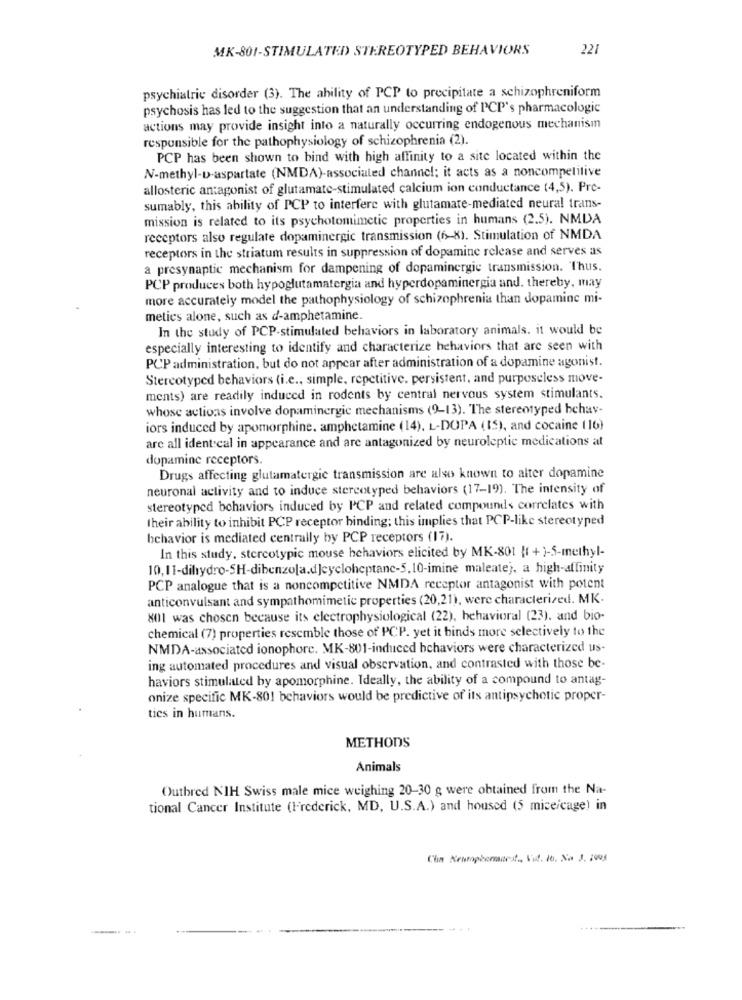
MK-801-STIMULATED STEREOTYPED BEHAVIORS
221
psychiatric disorder (3). The ability of PCP to precipitate a schizophreniform
psychosis has led to the suggestion that an understanding of PCP's pharmacologic
actions may provide insight into a naturally occurring endogenous mechanism
responsible for the pathophysiology of schizophrenia (2).
PCP has been shown to bind with high affinity to a site located within the
N-methyl-D-aspartate (NMDA)-associated channel; it acts as a noncompetitive
allosteric antagonist of glutamate-stimulated calcium ion conductance (4,5). Pre-
sumably, this ability of PCP to interfere with glutamate-mediated neural trans-
mission is related to its psychotomimetic properties in humans (2.5). NMDA
receptors also regulate dopaminergic transmission (6-8). Stimulation of NMDA
receptors in the striatum results in suppression of dopamine release and serves as
a presynaptic mechanism for dampening of dopaminergie transmission. Thus.
PCP produces both hypoglutamatergia and hyperdopaminergia and, thereby, may
more accurately model the pathophysiology of schizophrenia than dopaminc mi-
metics alone, such as d-amphetamine.
In the study of PCP-stimulated behaviors in laboratory animals. it would be
especially interesting to identify and characterize behaviors that are seen with
PCP administration, but do not appear after administration of a dopamine agonist.
Stereotyped behaviors (i.e ., simple, repetitive. persistent, and purposeless move-
ments) are readily induced in rodents by central nervous system stimulants.
whose actions involve dopaminergie mechanisms (9-13). The stereotyped bchav-
iors induced by apomorphine. amphetamine (14), L-DOPA (15), and cocaine (16)
are all ident cal in appearance and are antagonized by neuroleptic medications at
dopamine receptors.
Drugs affecting glutamatergic transmission are also known to alter dopamine
neuronal activity and to induce stereotyped behaviors (17-19). The intensity of
stereotyped behaviors induced by PCP and related compounds correlates with
their ability to inhibit PCP receptor binding; this implies that PCP-like stereotyped
behavior is mediated centrally by PCP receptors (17).
In this study, stercotypic mouse behaviors elicited by MK-801 ( +)-5-methyl-
10, 11-dihydro-SH-dibenzo[a.d]cycloheptane-5.10-imine maleatej, a high-affinity
PCP analogue that is a noncompetitive NMDA receptor antagonist with potent
anticonvulsant and sympathomimetic properties (20,21), were characterized. MK-
801 was chosen because its electrophysiological (22), behavioral (23). and bio-
chemical (7) properties resemble those of PCP. yet it binds more selectively to the
NMDA-associated ionophore. MK-801-induced behaviors were characterized us-
ing automated procedures and visual observation, and contrasted with those be-
haviors stimulated by apomorphine. Ideally, the ability of a compound to antag-
onize specific MK-801 behaviors would be predictive of its antipsychotic proper-
tics in humans.
METHODS
Animals
Outhred NIH Swiss male mice weighing 20-30 g were obtained from the Na-
tional Cancer Institute (Frederick, MD, U.S.A.) and housed (5 miceicage) in